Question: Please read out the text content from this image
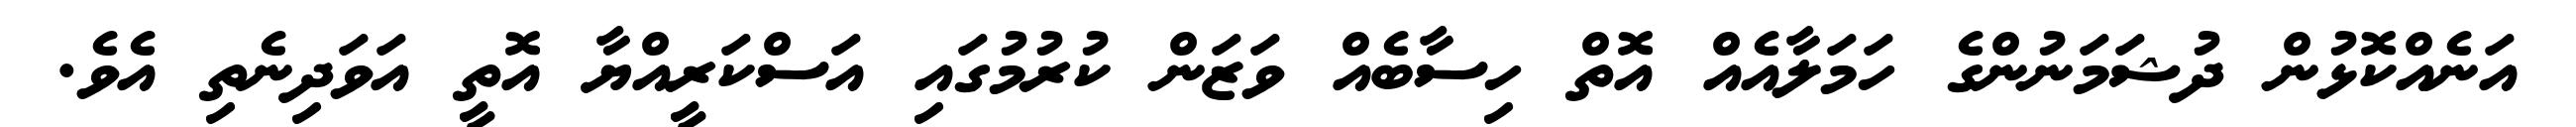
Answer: އަނެއްކޮޅުން ދުޝަމަނުންގެ ހަމަލާއެއް އޮތް ހިސާބެއް ވަޒަން ކުރުމުގައި އަސްކަރީއްޔާ އޮތީ އަވަދިނެތި އެވެ.